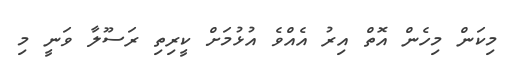
މިކަން މިހެން އޮތް އިރު އެއްވެ އުޅުމަށް ކީރިތި ރަސޫލާ ވަނީ މި